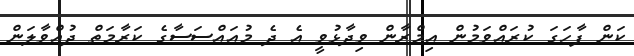
ކަން ފާހަގަ ކުރައްވަމުން އިމްރާން ވިދާޅުވީ އެ ދެ މުއައްސަސާގެ ކަރާމަތް ދުއްވާލަން